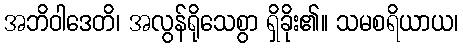
အဘိဝါဒေတိ၊ အလွန်ရိုသေစွာ ရှိခိုး၏။ သမစရိယာယ၊